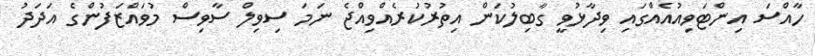
ހާއްސަ އިންޓަވިއުއެއްގައި ވިދާޅުވީ ގާބިލުކަން އިތުރުކުރެއްވިއްޖެ ނަމަ ސިވިލް ސާވިސް މުވައްޒަފުންގެ އަދަދު